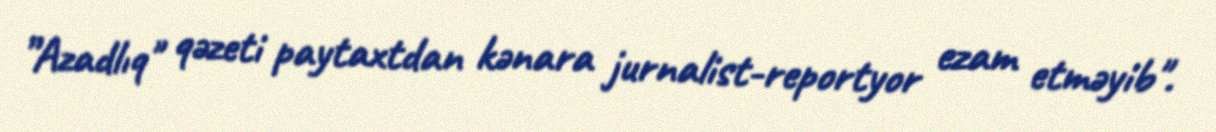
”Azadlıq" qəzeti paytaxtdan kənara jurnalist-reportyor ezam etməyib".